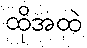
ထိုအထဲ